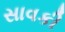
સાવકી